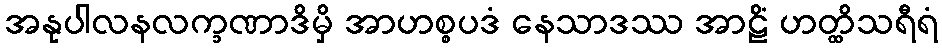
အနုပါလနလက္ခဏာဒိမှိ အာဟစ္စပဒံ နေသာဒဿ အာဠိံ ဟတ္ထိသရီရံ